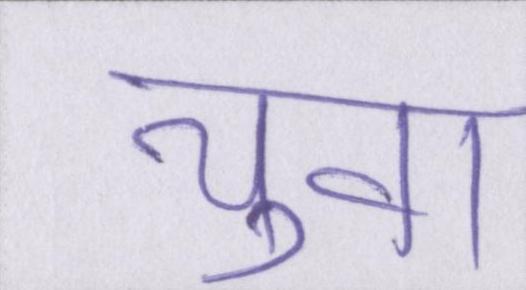
युवा